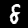
Digit: 8